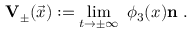
{ \mathbf { V } } _ { \pm } ( \vec { x } ) : = \operatorname * { l i m } _ { t \to \pm \infty } \ \phi _ { 3 } ( x ) { \mathbf { n } } ~ .